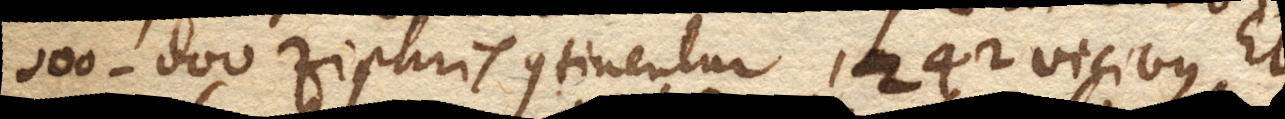
000.000 Ziphris continentur 1242 vicibus. Et